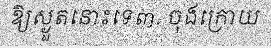
ឱ្យស្ងួតនោះទេ៣. ចុងក្រោយ